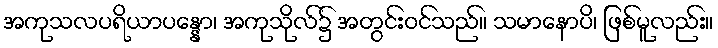
အကုသလပရိယာပန္နော၊ အကုသိုလ်၌ အတွင်းဝင်သည်။ သမာနောပိ၊ ဖြစ်မူလည်း။